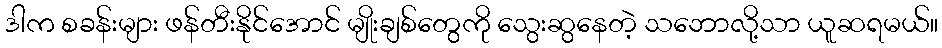
ဒါက စခန်းများ ဖန်တီးနိုင်အောင် မျိုးချစ်တွေကို သွေးဆွနေတဲ့ သဘောလို့သာ ယူဆရမယ်။